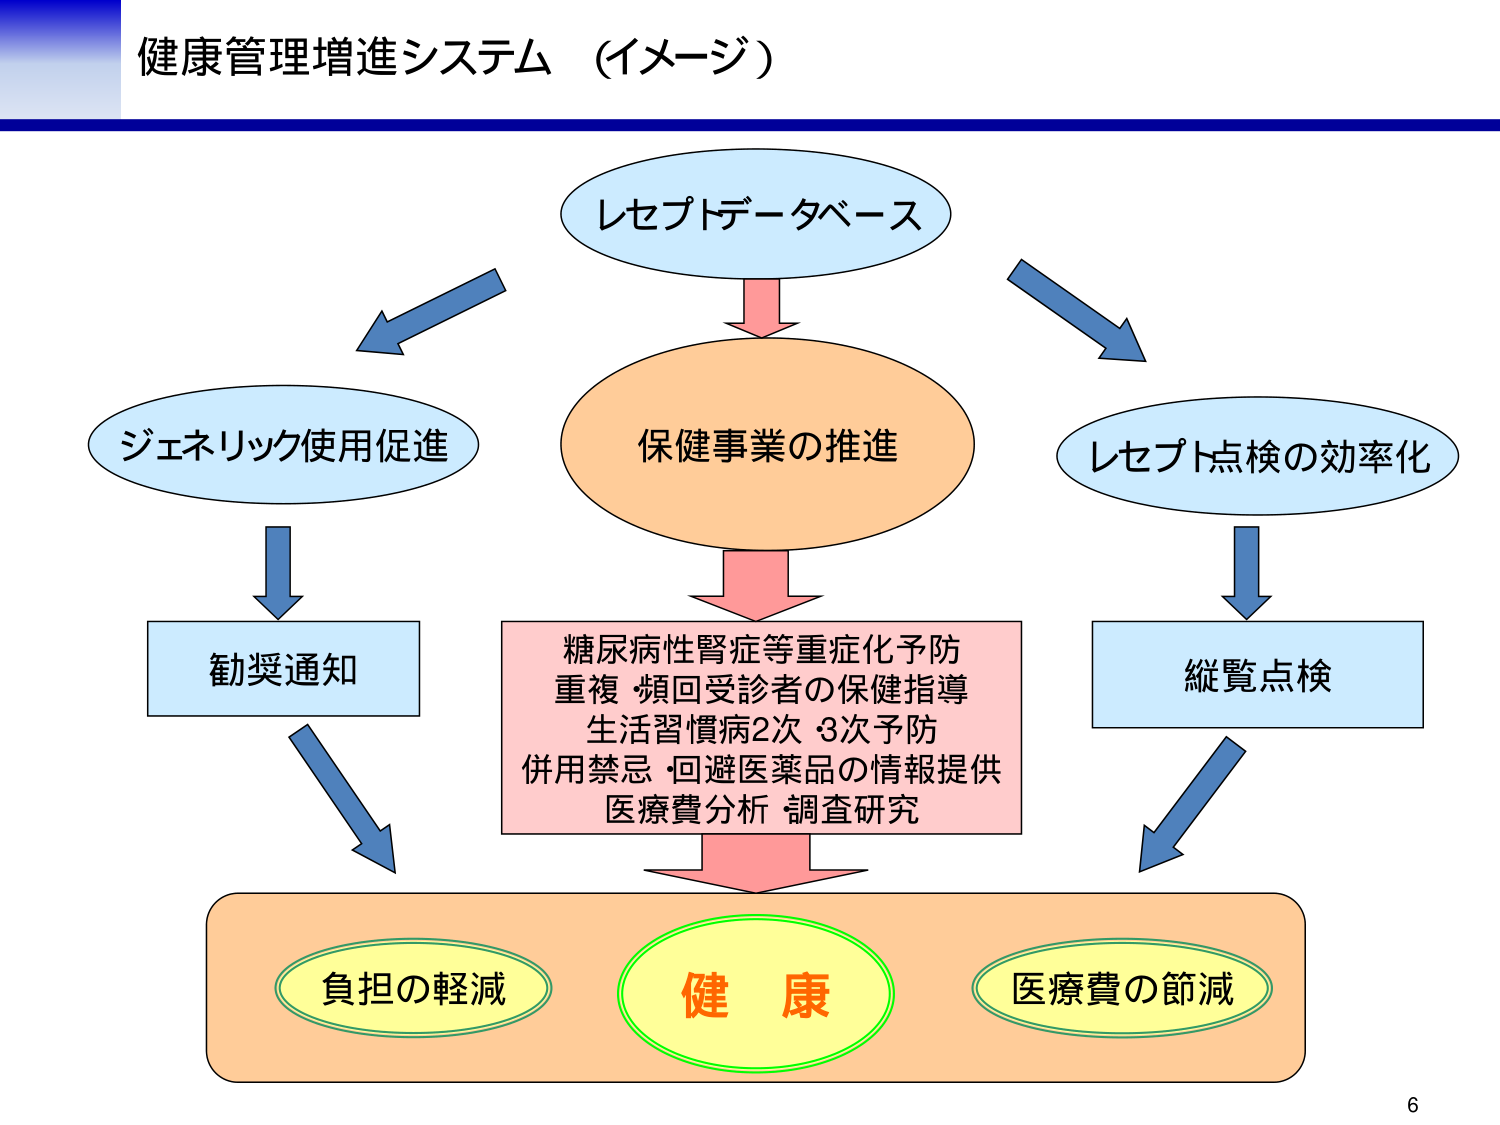
健康管理増進システム（イメージ）

レセプトデータベース

保健事業の推進

ジェネリック使用促進

勧奨通知

糖尿病性腎症等重症化予防
重複・頻回受診者の保健指導
生活習慣病2次 3次予防
併用禁忌・回避医薬品の情報提供
医療費分析 調査研究

レセプト点検の効率化

縦覧点検

負担の軽減

健 康

医療費の節減

6